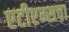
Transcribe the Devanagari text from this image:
एटीएम्सचा